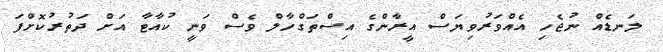
ލަނޑެއް ނުޖެހި އެއްވަރުވިޔަސް އީރާންގެ އިސްތަގްހާލް ވެސް ވަނީ ކުއާޓާ އަށް ދަތުރުކޮށްފަ